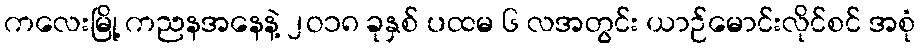
ကလေးမြို့ ကညနအနေနဲ့ ၂ဝ၁၈ ခုနှစ် ပထမ ၆ လအတွင်း ယာဉ်မောင်းလိုင်စင် အစုံ